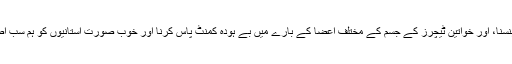
گالم گلوچ گندے گندے لطیفے سنا کر ہاتھ پر ہاتھ مار کر ہنسنا، اور خواتین ٹیچرز کے جسم کے مختلف اعضا ٗکے بارے میں بے ہودہ کمنٹ پاس کرنا اور خوب صورت استانیوں کو ہم سب اصل ناموں کے بجائے کاجول، ایشوریہ، اور لارا دتا کہتے۔